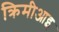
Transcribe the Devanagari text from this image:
क्रिमीआइ